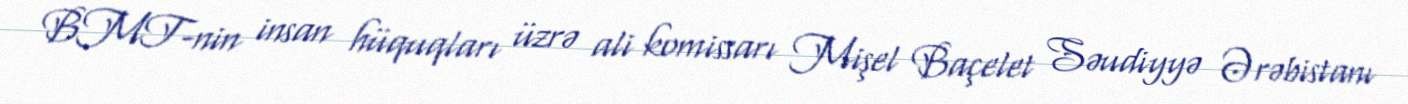
BMT-nin insan hüquqları üzrə ali komissarı Mişel Baçelet Səudiyyə Ərəbistanı